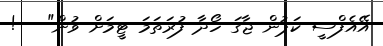
އޭއެފްސީ ކަޕުން ޖާގަ ހޯދާ ފުރަތަމަ ޓީމަށް ވުން"   !